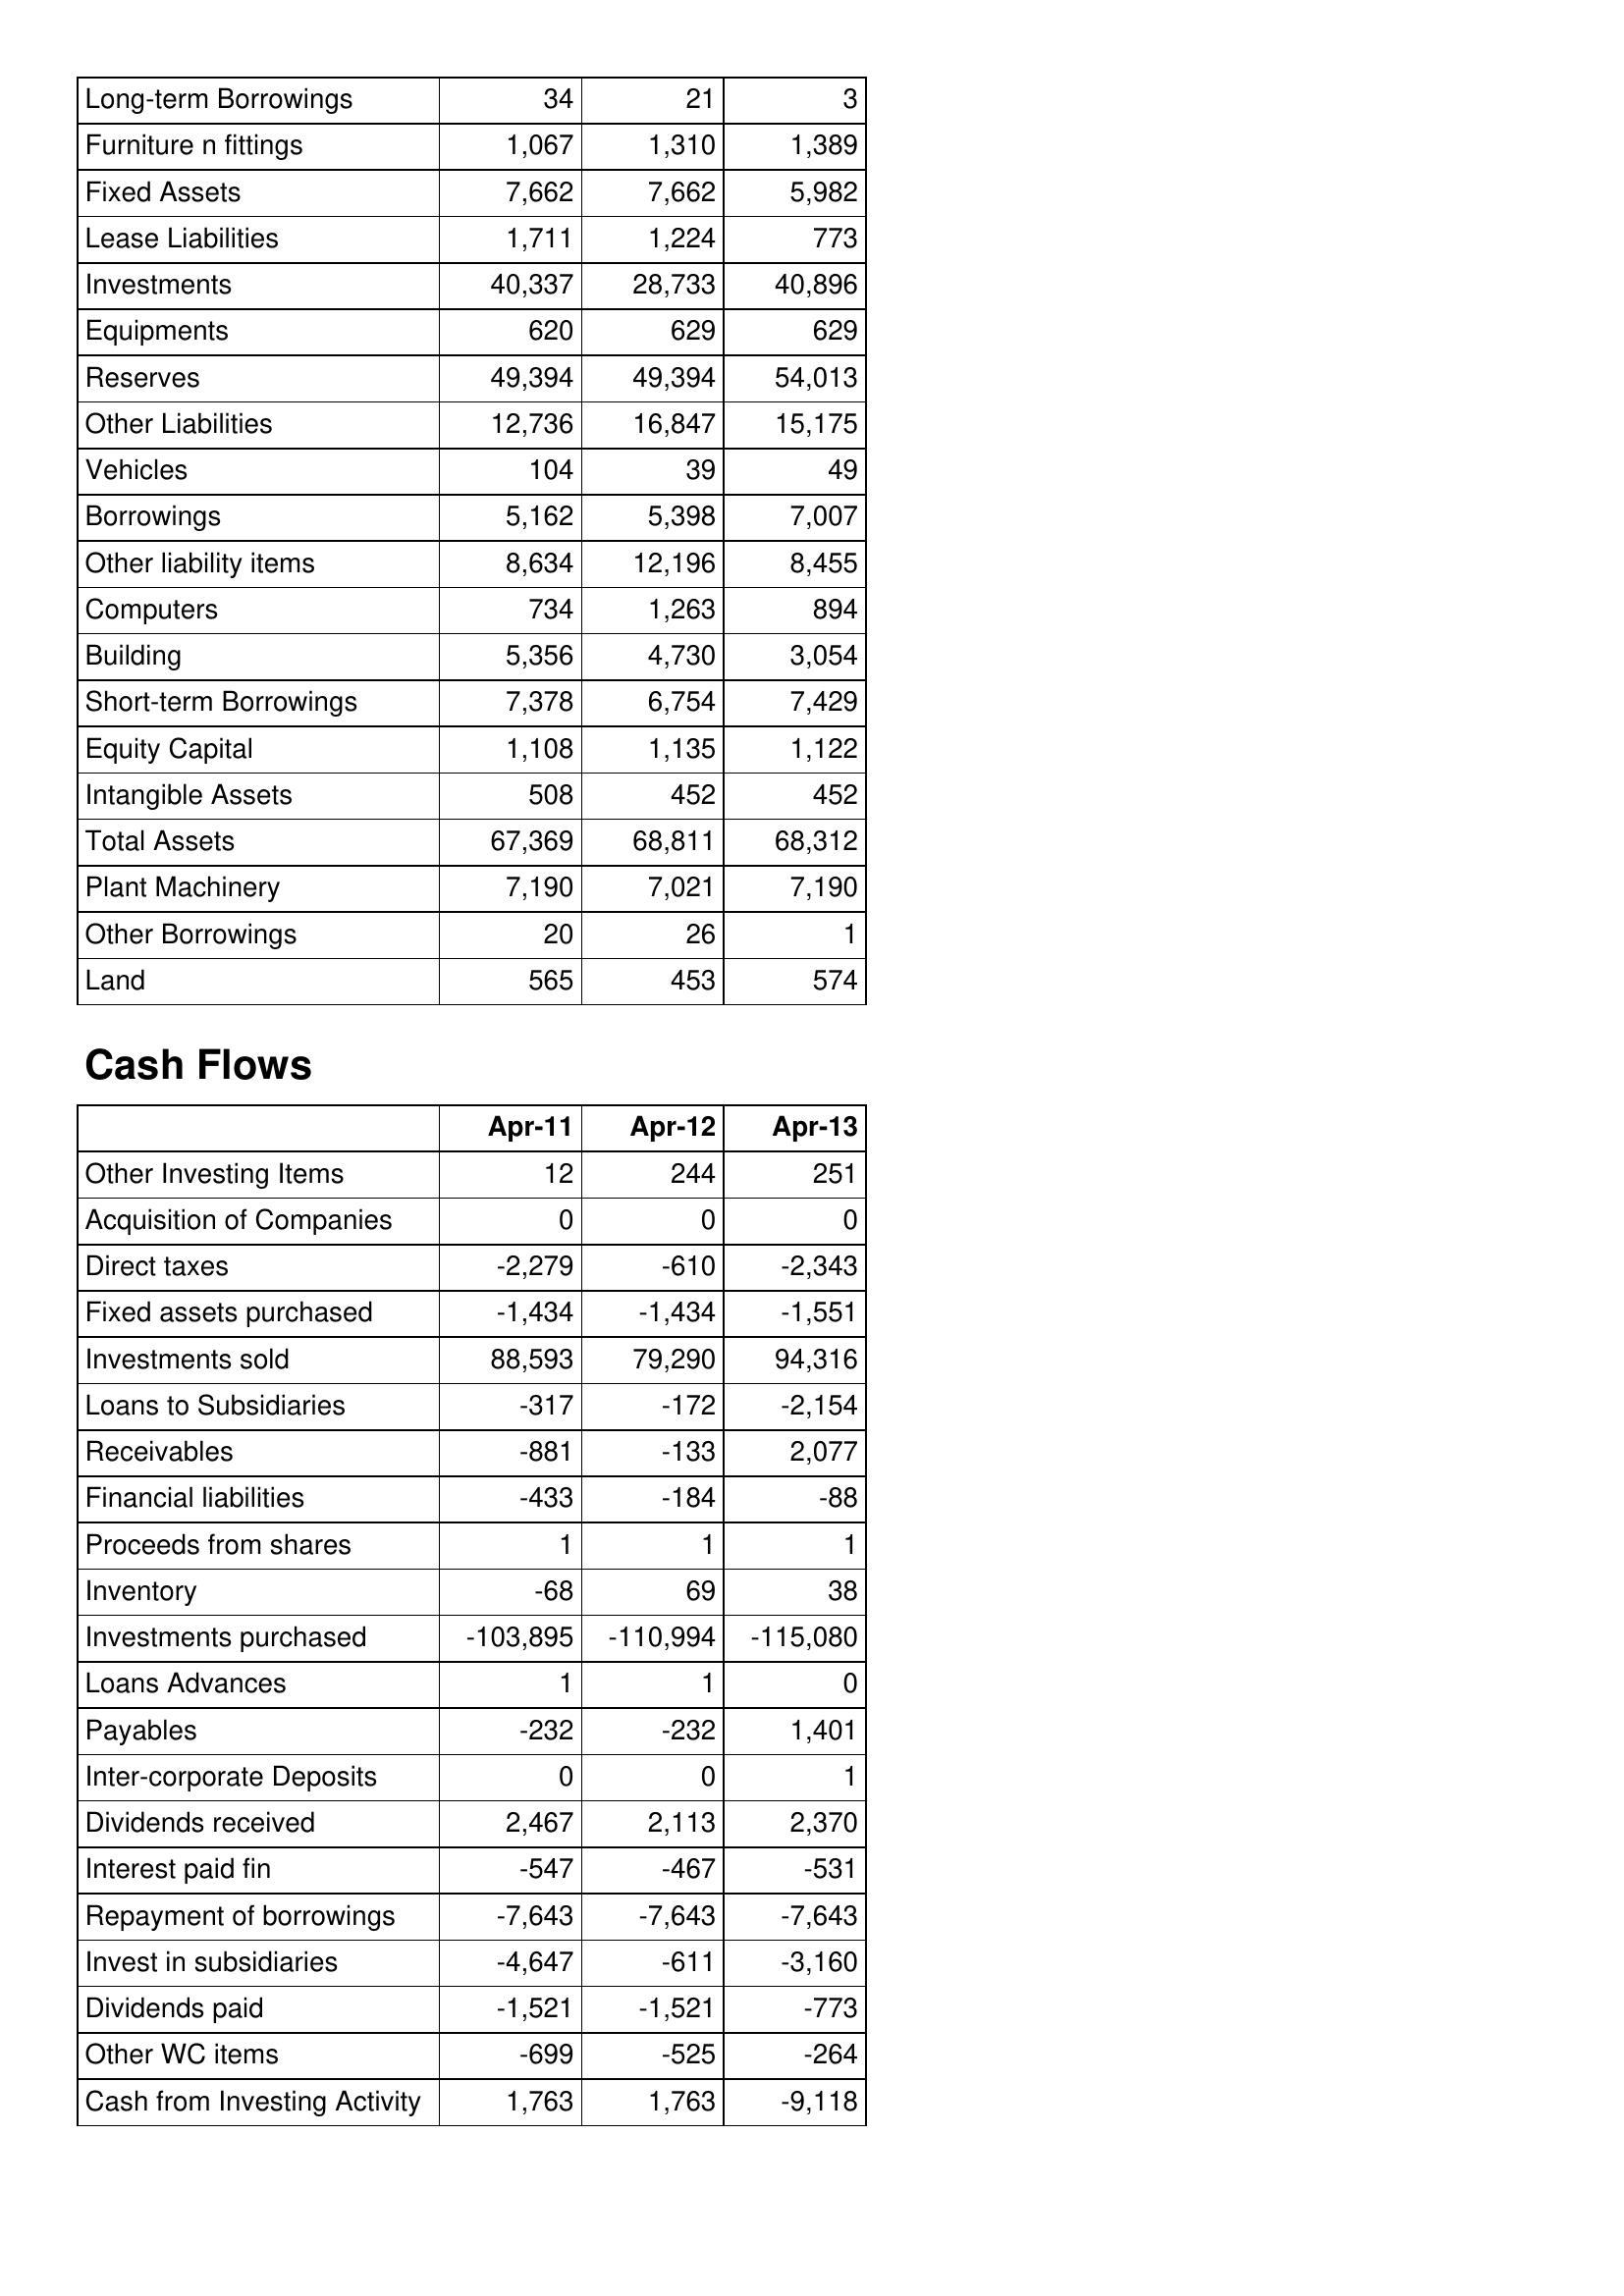
Apr-11: Balance Sheet: Long-term Borrowings: 34
Furniture n fittings: 1,067
Fixed Assets: 7,662
Lease Liabilities: 1,711
Investments: 40,337
Equipments: 620
Reserves: 49,394
Other Liabilities: 12,736
Vehicles: 104
Borrowings: 5,162
Other liability items: 8,634
Computers: 734
Building: 5,356
Short-term Borrowings: 7,378
Equity Capital: 1,108
Intangible Assets: 508
Total Assets: 67,369
Plant Machinery: 7,190
Other Borrowings: 20
Land: 565
Cash Flows: Other Investing Items: 12
Acquisition of Companies: 0
Direct taxes: -2,279
Fixed assets purchased: -1,434
Investments sold: 88,593
Loans to Subsidiaries: -317
Receivables: -881
Financial liabilities: -433
Proceeds from shares: 1
Inventory: -68
Investments purchased: -103,895
Loans Advances: 1
Payables: -232
Inter-corporate Deposits: 0
Dividends received: 2,467
Interest paid fin: -547
Repayment of borrowings: -7,643
Invest in subsidiaries: -4,647
Dividends paid: -1,521
Other WC items: -699
Cash from Investing Activity: 1,763
Apr-12: Balance Sheet: Long-term Borrowings: 21
Furniture n fittings: 1,310
Fixed Assets: 7,662
Lease Liabilities: 1,224
Investments: 28,733
Equipments: 629
Reserves: 49,394
Other Liabilities: 16,847
Vehicles: 39
Borrowings: 5,398
Other liability items: 12,196
Computers: 1,263
Building: 4,730
Short-term Borrowings: 6,754
Equity Capital: 1,135
Intangible Assets: 452
Total Assets: 68,811
Plant Machinery: 7,021
Other Borrowings: 26
Land: 453
Cash Flows: Other Investing Items: 244
Acquisition of Companies: 0
Direct taxes: -610
Fixed assets purchased: -1,434
Investments sold: 79,290
Loans to Subsidiaries: -172
Receivables: -133
Financial liabilities: -184
Proceeds from shares: 1
Inventory: 69
Investments purchased: -110,994
Loans Advances: 1
Payables: -232
Inter-corporate Deposits: 0
Dividends received: 2,113
Interest paid fin: -467
Repayment of borrowings: -7,643
Invest in subsidiaries: -611
Dividends paid: -1,521
Other WC items: -525
Cash from Investing Activity: 1,763
Apr-13: Balance Sheet: Long-term Borrowings: 3
Furniture n fittings: 1,389
Fixed Assets: 5,982
Lease Liabilities: 773
Investments: 40,896
Equipments: 629
Reserves: 54,013
Other Liabilities: 15,175
Vehicles: 49
Borrowings: 7,007
Other liability items: 8,455
Computers: 894
Building: 3,054
Short-term Borrowings: 7,429
Equity Capital: 1,122
Intangible Assets: 452
Total Assets: 68,312
Plant Machinery: 7,190
Other Borrowings: 1
Land: 574
Cash Flows: Other Investing Items: 251
Acquisition of Companies: 0
Direct taxes: -2,343
Fixed assets purchased: -1,551
Investments sold: 94,316
Loans to Subsidiaries: -2,154
Receivables: 2,077
Financial liabilities: -88
Proceeds from shares: 1
Inventory: 38
Investments purchased: -115,080
Loans Advances: 0
Payables: 1,401
Inter-corporate Deposits: 1
Dividends received: 2,370
Interest paid fin: -531
Repayment of borrowings: -7,643
Invest in subsidiaries: -3,160
Dividends paid: -773
Other WC items: -264
Cash from Investing Activity: -9,118